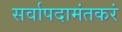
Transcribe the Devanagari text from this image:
सर्वापदामंतकरं